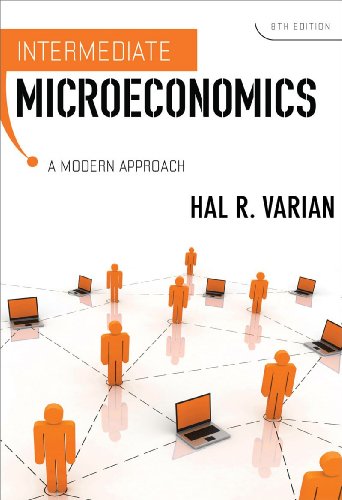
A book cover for Intermediate Microeconomics: A Modern Approach (Eighth Edition); Hal R. Varian; Business & Money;